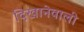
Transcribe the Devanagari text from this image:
दिखानेवाली